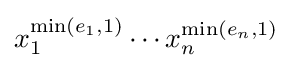
x_{1}^{\min(e_{1},1)}\cdots x_{n}^{\min(e_{n},1)}